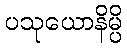
ပသုယောနိမ္ပိ